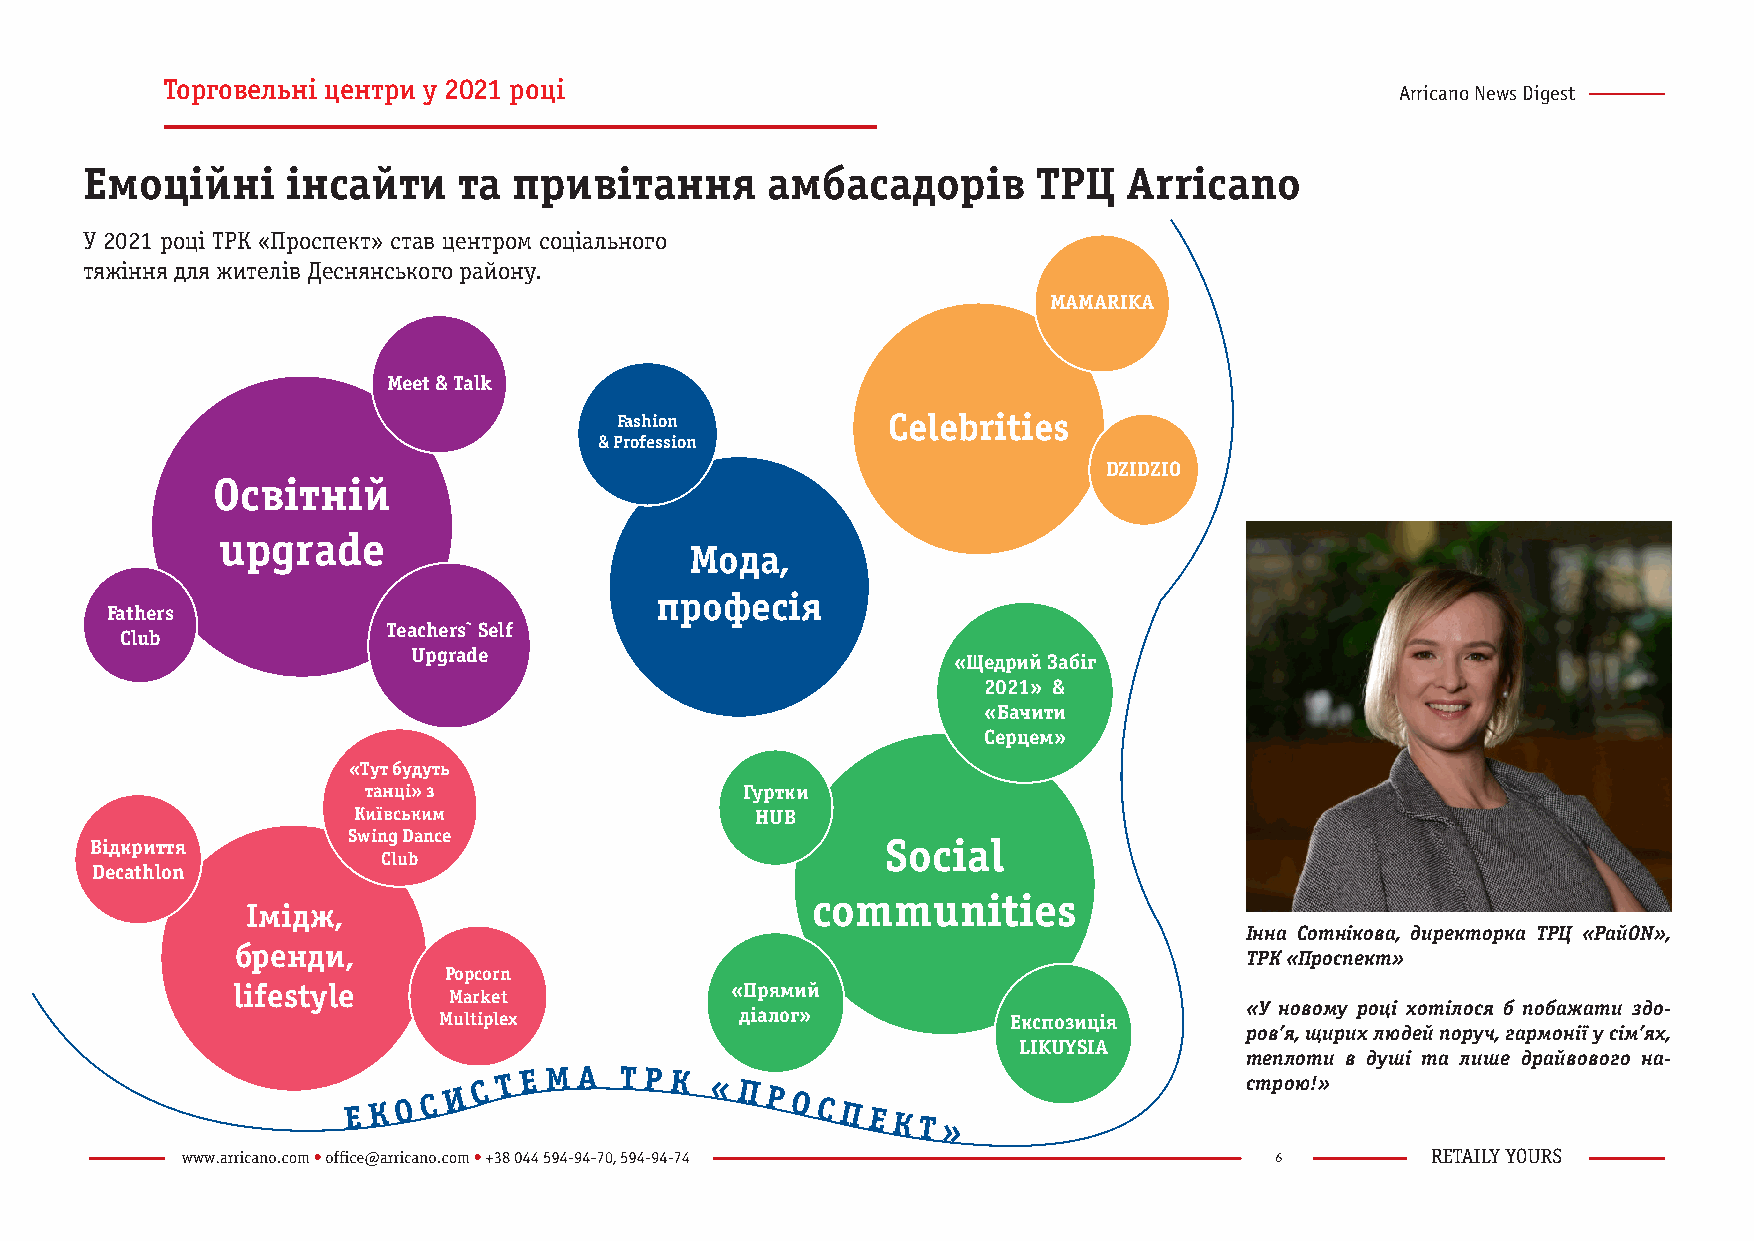
Торговельні центри у 2021 році
 Arricano News Digest
 Емоційні      інсайти    та  привітання       амбасадорів       ТРЦ   Arricano
 У 2021 році ТРК «Проспект» став центром соціального
 тяжіння для жителів Деснянського району.
 МАМАRIKA
 Meet & Talk
 Fashion           Celebrities
 & Profession
 DZIDZIO
 Освітній
 upgrade
 Мода,
 професія
 Fathers
 Teachers` Self
 Club
 Upgrade
 «Щедрий Забіг
 2021» &
 «Бачити
 Серцем»
 «Тут будуть
 танці» з                 Гуртки
 Київським                  HUB
 Swing Dance
 Відкриття                                            Social
 Club
 Decathlon
 communities
 Імідж,
 Інна Сотнікова, директорка ТРЦ «РайОN»,
 бренди,
 ТРК «Проспект»
 Popcorn
 lifestyle
 Market
 «Прямий
 «У новому році хотілося б побажати здо-
 Multiplex           діалог»           Експозиція
 ров’я, щирих людей поруч, гармонії у сім’ях,
 LIKUYSIA
 теплоти в душі та лише драйвового на-
 Е К О С
 И
 С Т Е М А ТРК  «ПРОСПЕКТ»                         строю!»
 6